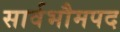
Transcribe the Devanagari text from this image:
सार्वभौमपद